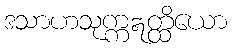
ဒသာဟသုက္ကဣတ္ထိယော